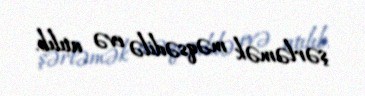
şərləmək məqsədilə evə atılıb.